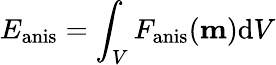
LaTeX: E_{\mathrm{anis}}=\int_{V}F_{\mathrm{anis}}(\mathbf{m})\mathrm{d}V